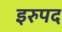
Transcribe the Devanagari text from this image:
इरुपद